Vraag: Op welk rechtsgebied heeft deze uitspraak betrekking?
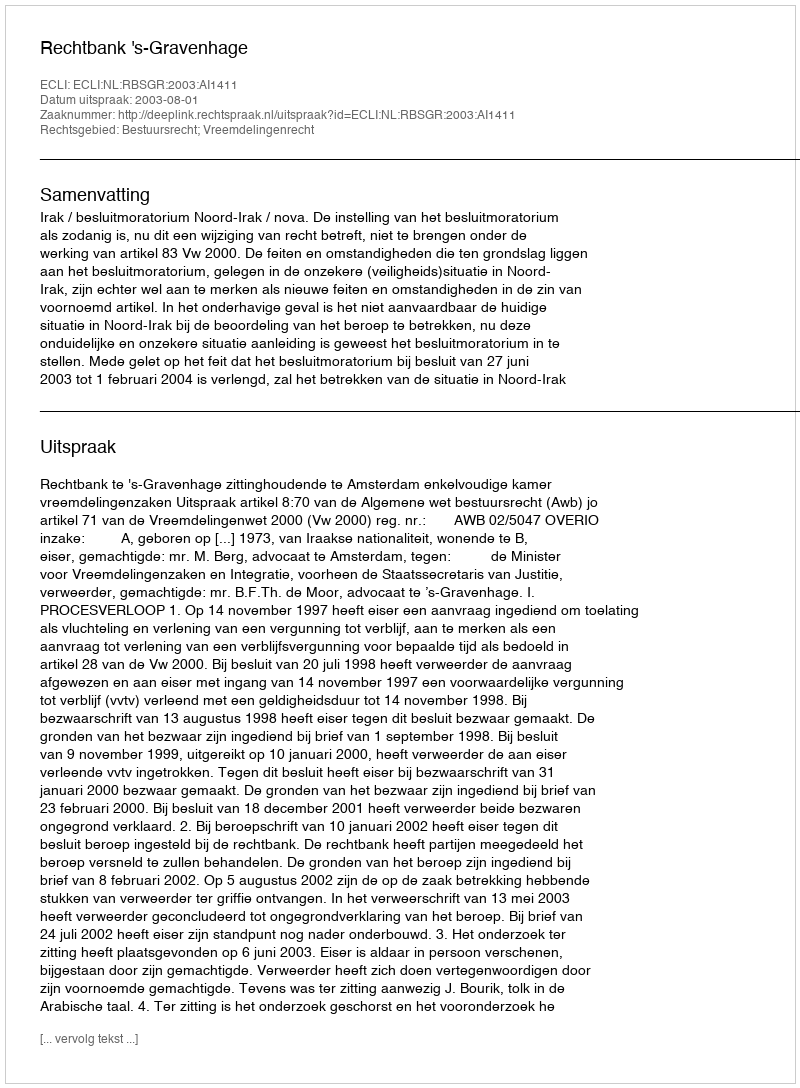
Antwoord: Bestuursrecht; Vreemdelingenrecht